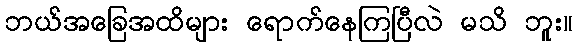
ဘယ်အခြေအထိများ ရောက်နေကြပြီလဲ မသိ ဘူး။